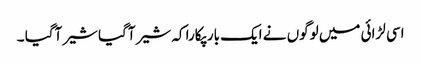
اسی لڑائی میں لوگوں نے ایک بار پکارا کہ شیر آگیا شیر آگیا ۔